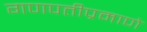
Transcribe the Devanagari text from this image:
गणपतीप्रमाणे